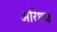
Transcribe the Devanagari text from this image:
अरिष्टच